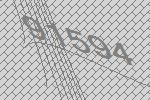
91594